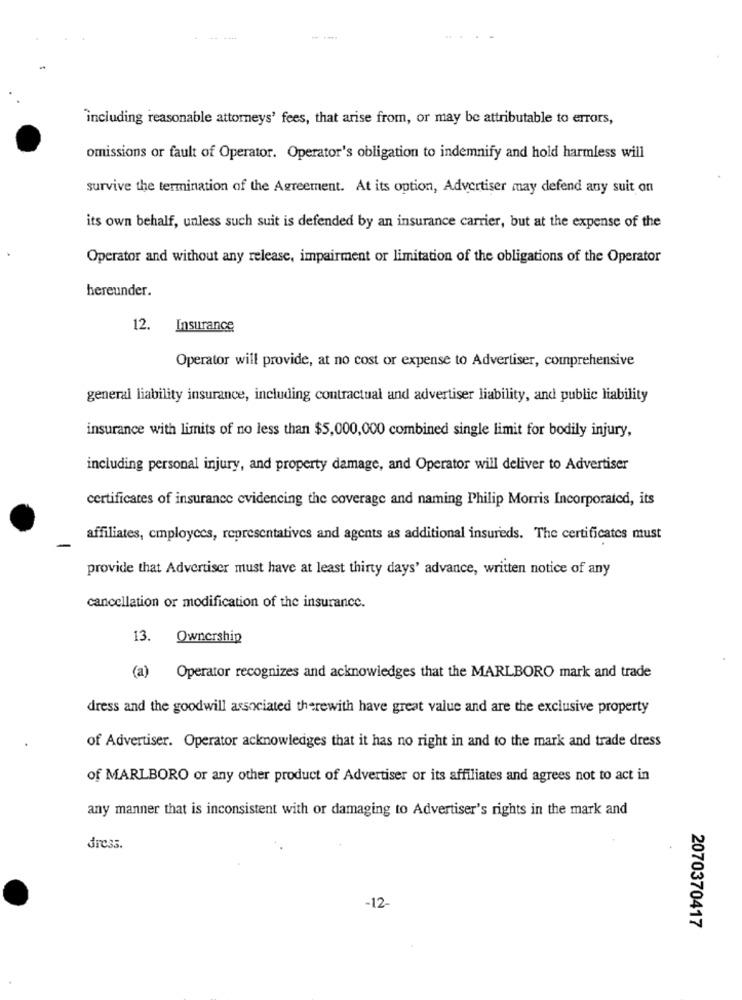
"including reasonable attorneys' fees, that arise from, or may be attributable to errors,
omissions or fault of Operator. Operator's obligation to indemnify and hold harmless will
survive the termination of the Agreement. At its option, Advertiser may defend any suit on
its own behalf, unless such suit is defended by an insurance carrier, but at the expense of the
Operator and without any release, impairment or limitation of the obligations of the Operator
hereunder.
12.
Insurance
Operator will provide, at no cost or expense to Advertiser, comprehensive
general liability insurance, including contractual and advertiser liability, and public liability
insurance with limits of no less than $5,000,000 combined single limit for bodily injury,
including personal injury, and property damage, and Operator will deliver to Advertiser
certificates of insurance evidencing the coverage and naming Philip Morris Incorporated, its
affiliates, employees, representatives and agents as additional insureds. The certificates must
provide that Advertiser must have at least thirty days' advance, written notice of any
cancellation or modification of the insurance.
13.
Ownership
(a)
Operator recognizes and acknowledges that the MARLBORO mark and trade
dress and the goodwill associated therewith have great value and are the exclusive property
of Advertiser. Operator acknowledges that it has no right in and to the mark and trade dress
of MARLBORO or any other product of Advertiser or its affiliates and agrees not to act in
any manner that is inconsistent with or damaging to Advertiser's rights in the mark and
dre33.
-12-
2070370417